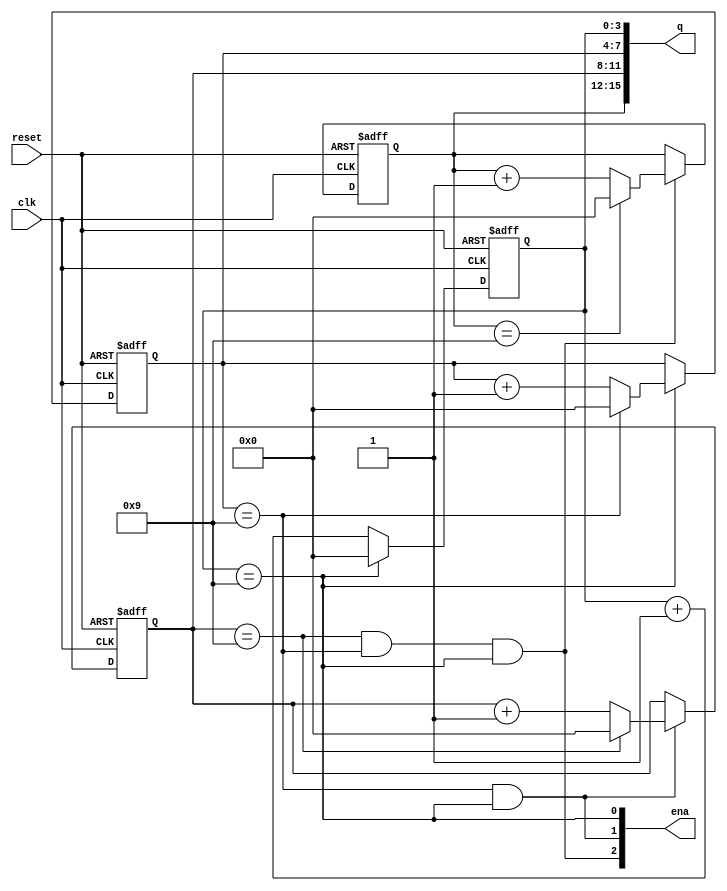
module top_module (
    input wire clk,
    input wire reset,
    output wire [3:1] ena,
    output reg [15:0] q
);

    // Intermediate signals for each BCD digit
    reg [3:0] ones;
    reg [3:0] tens;
    reg [3:0] hundreds;
    reg [3:0] thousands;

    // Calculate enable signals for tens, hundreds, and thousands digit
    assign ena[1] = (ones == 4'd9);
    assign ena[2] = (tens == 4'd9) && (ones == 4'd9);
    assign ena[3] = (hundreds == 4'd9) && (tens == 4'd9) && (ones == 4'd9);

    // Always block to handle the counting
    always @(posedge clk or posedge reset) begin
        if (reset) begin
            ones <= 4'd0;
            tens <= 4'd0;
            hundreds <= 4'd0;
            thousands <= 4'd0;
        end else begin
            // Handle ones digit
            if (ones == 4'd9)
                ones <= 4'd0;
            else
                ones <= ones + 1;

            // Handle tens digit
            if (ena[1]) begin
                if (tens == 4'd9)
                    tens <= 4'd0;
                else
                    tens <= tens + 1;
            end

            // Handle hundreds digit
            if (ena[2]) begin
                if (hundreds == 4'd9)
                    hundreds <= 4'd0;
                else
                    hundreds <= hundreds + 1;
            end

            // Handle thousands digit
            if (ena[3]) begin
                if (thousands == 4'd9)
                    thousands <= 4'd0;
                else
                    thousands <= thousands + 1;
            end
        end
    end

    // Combine all BCD digits into the output q
    always @(*) begin
        q[3:0] = ones;
        q[7:4] = tens;
        q[11:8] = hundreds;
        q[15:12] = thousands;
    end

endmodule